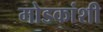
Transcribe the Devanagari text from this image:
मोडकांशी